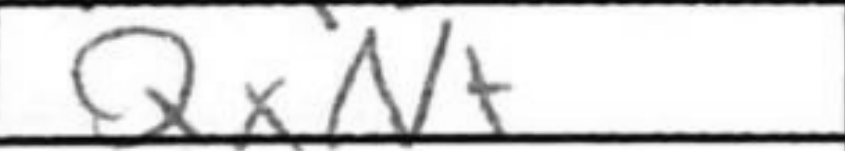
Transcription: QxN+